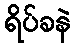
ရိပ်ခနဲ